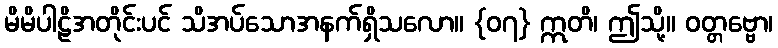
မိမိပါဠိအတိုင်းပင် သိအပ်သောအနက်ရှိသလော။ {၀၇} ဣတိ၊ ဤသို့။ ဝတ္တဗ္ဗော၊